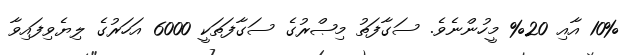
10% އާއި 20% މީހުންނެވެ. ސަގާފަތު މިޞްރުގެ ސަގާފަތަކީ 6000 އަހަރުގެ ލިޔެވިފައިވާ